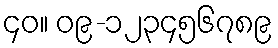
၄၀။ ၀၉-၁၂၃၄၅၆၇၈၉